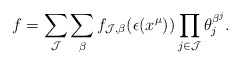
\begin{align*}f=\sum_{\mathcal{J}} \sum_{\beta} f_{\mathcal{J},\beta}(\epsilon(x^{\mu})) \prod_{j \in \mathcal{J}} \theta_j^{\beta^j}.\end{align*}